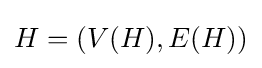
H=(V(H),E(H))